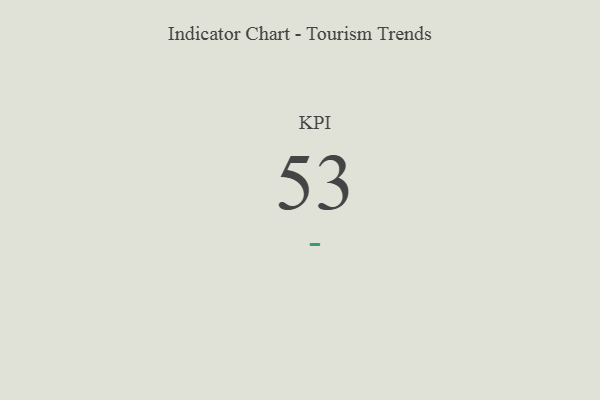
{"axis": {"x": "KPI", "y": "Value"}, "legend": [""], "data": [{"x": "KPI", "y": 53, "type": ""}]}